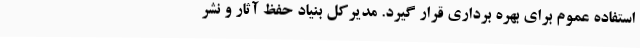
استفاده عموم برای بهره برداری قرار گیرد. مدیرکل بنیاد حفظ آثار و نشر